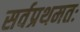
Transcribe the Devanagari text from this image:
सर्वप्रथमतः